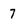
Character: 7